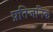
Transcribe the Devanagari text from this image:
प्रतिजनिक